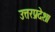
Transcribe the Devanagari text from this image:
उत्तरप्रदेश।